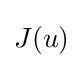
{\begin{aligned}J(u)\end{aligned}}